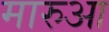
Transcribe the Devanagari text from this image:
मारुआ